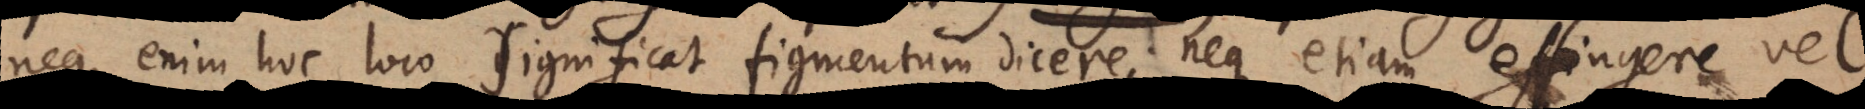
neque enim hoc loco significat figmentum dicere; neque etiam effingere vel